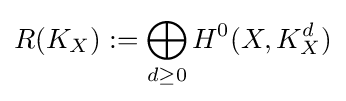
R(K_{X}):=\bigoplus _{d\geq 0}H^{0}(X,K_{X}^{d})